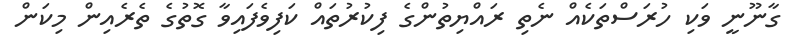
ގާނޫނީ ވަކި ހުރަސްތަކެއް ނެތި ރައްޔިތުންގެ ފިކުރުތައް ކަފިވެފައިވާ ގޮތުގެ ތެރެއިން މިކަން